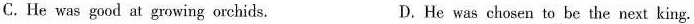
C.He was good at growing orchids. D.He was chosen to be the next king.